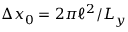
\Delta x _ { 0 } = 2 \pi \ell ^ { 2 } / L _ { y }